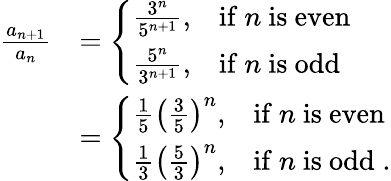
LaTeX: \begin{array}{rl}{\frac{a_{n+1}}{a_{n}}}&{=\left\{ \begin{array}{ll}{\frac{3^{n}}{5^{n+1}},}&{\mathrm{if~}n\mathrm{~is~even}}\\ {\frac{5^{n}}{3^{n+1}},}&{\mathrm{if~}n\mathrm{~is~odd}}\end{array}\right.}\\ &{=\left\{ \begin{array}{ll}{\frac 15\left(\frac 35\right)^{n},}&{\mathrm{if~}n\mathrm{~is~even}}\\ {\frac 13\left(\frac 53\right)^{n},}&{\mathrm{if~}n\mathrm{~is~odd}\; .}\end{array}\right.}\end{array}